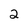
Character: 2